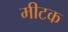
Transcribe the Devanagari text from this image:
मीटक